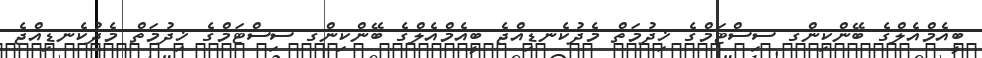
ބީއެމްއެލްގެ ބޭންކިންގ ސިސްޓަމްގެ ޚިދުމަތް މެދުކެނޑިއްޖެ ބީއެމްއެލްގެ ބޭންކިންގ ސިސްޓަމްގެ ޚިދުމަތް މެދުކެނޑިއްޖެ